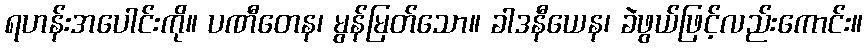
ရဟန်းအပေါင်းကို။ ပဏီတေန၊ မွန်မြတ်သော။ ခါဒနီယေန၊ ခဲဖွယ်ဖြင့်လည်းကောင်း။